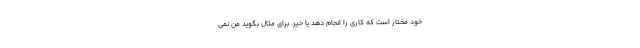
خود مختار است که کاری را انجام دهد یا خیر. برای مثال بگوید من نمی